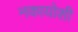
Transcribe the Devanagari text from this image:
नकायोशी